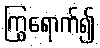
ကြွရောက်၍